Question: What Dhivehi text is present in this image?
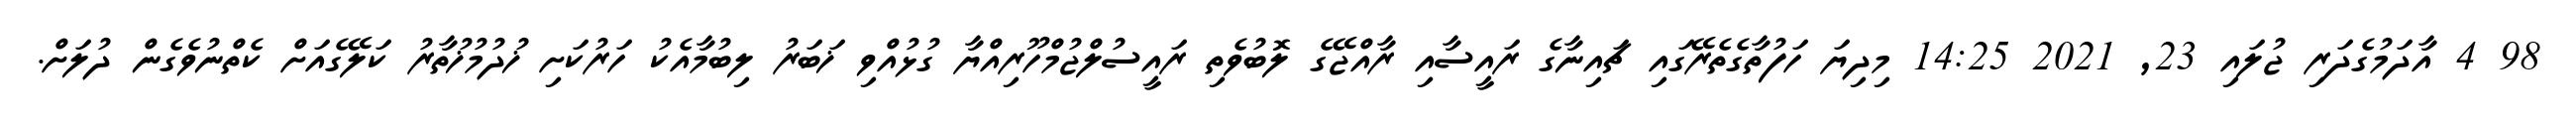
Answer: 98 4 އާދަމުގެދަރި ޖުލައި 23, 2021 14:25 މިދިޔަ ހަފުތާގެތެރޭގައި ޗައިނާގެ ރައީސާއި ރާއްޖޭގެ ލޮބުވެތި ރައީސުލްޖުމްހޫރިއްޔާ ގުޅުއްވި ޚަބަރު ލިބުމާއެކު ހަރުކަށި ޚުދުމުޚުތާރު ކަލޭގެއަށް ކެތްނުވެގެން ދުލަށް.